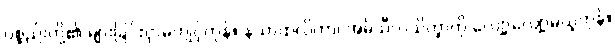
ပစ္စည်းတို့၏ များခြင်းငှာမကျင့်ကုန်။ နသာထလိကာ၊ အဓိသီလသိက္ခာကို လျော့လျော့မယူကုန်။